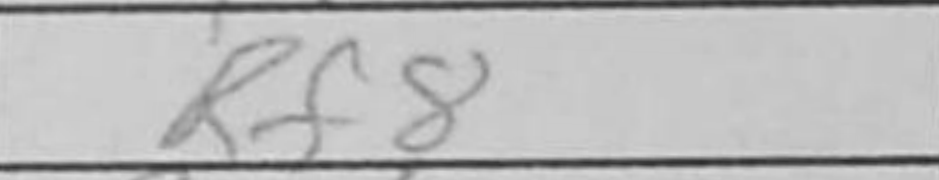
Transcription: Rf8